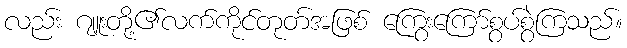
လည်း ဂျူးတို့၏လက်ကိုင်တုတ်အဖြစ် ကြွေးကြော်စွပ်စွဲကြသည်။